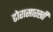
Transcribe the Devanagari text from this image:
ढोरासारखी